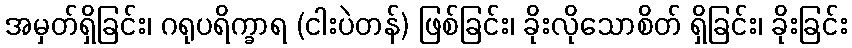
အမှတ်ရှိခြင်း၊ ဂရုပရိက္ခာရ (ငါးပဲတန်) ဖြစ်ခြင်း၊ ခိုးလိုသောစိတ် ရှိခြင်း၊ ခိုးခြင်း